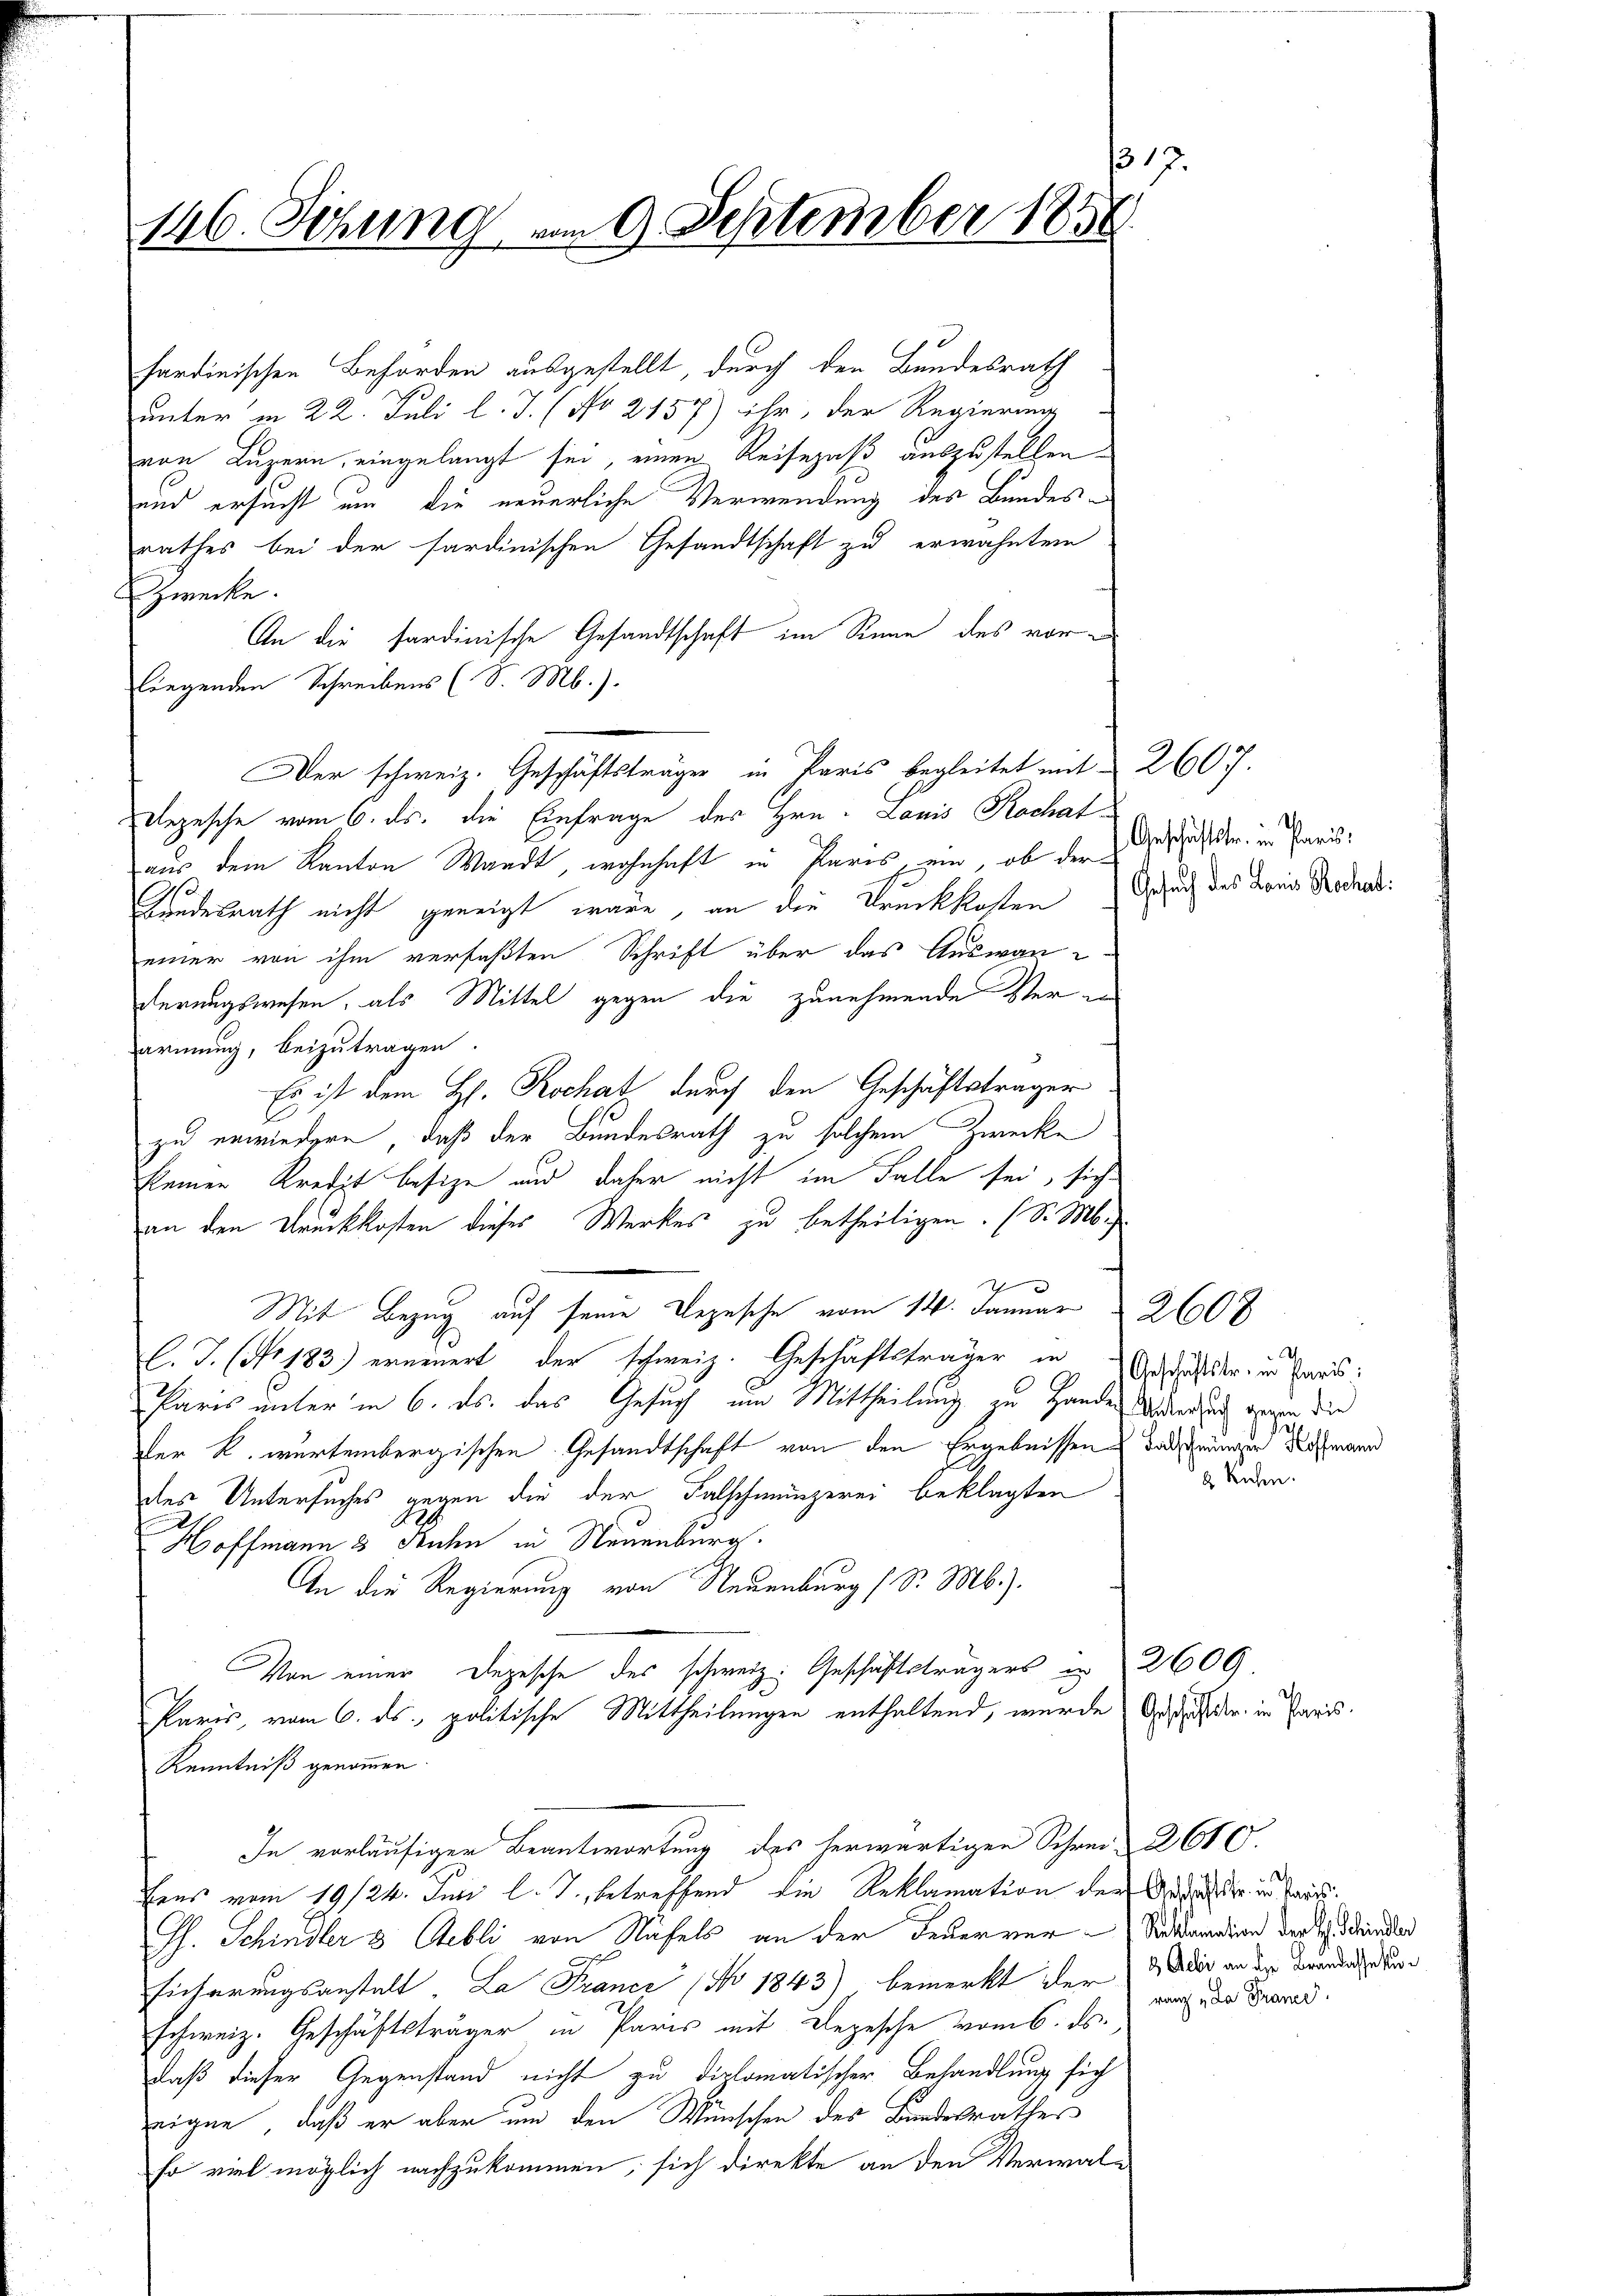
146. Sitzung vom 9. September 185

sardinischen Behörden ausgestellt, durch den Bundesrath
unter in 22. Juli l. J. (No 2157) ihr, der Regierung
von Luzern, eingelangt sei, einen Reisepaß auszustellen.
und ersucht um die neuerliche Verwendung des Bundesrathes bei der sardinischen Gesandtschaft zu erwähnten
Zwecke.
An die sardinische Gesandtschaft im Sinne des vor
liegenden Schreibens (S. M.).
Der schweiz. Geschäftsträger in Paris begleitet mit § 260 f.
Rezesche vom 6. ds. die Einfrage der Hrn. Lauis Kochat
aus dem Kanton Waadt, wohnhaft in Paris, ein, ob der
Bundesrath nicht geneigt wäre, an die Druckkosten
einer von ihm verfaßten Schrift über das Auswan
derungswesen, als Mittel gegen die zunehmende Vere
armung, beizutragen.
Es ist dem H. Rochat durch den Geschäftsträger
E
zu erwiedern, daß der Bundesrath zu solchem Zwecke
kleinen Kredit besize und daher nicht im Falle sei, sich
an den Druckkosten dieses Werkes zu betheiligen. (S. M.
Mit Bezug auf seine Bezusche vom 14. Januar 2608
C. J. (No. 183.) erneuert, der schweiz. Geschäftsträger in Geschäftstr. in Pars:
Paris unter in 6. ds. das Gesuch um Mittheilung zu Handen Widerrung gegen die
der k. würtembergischen Gesandtschaft von den Ergebnissen darungen Rahmann
des Untersuches gegen die der Falschmunzerei beklagten
f
Hoffmann 3 Feuchen in Neuenburg.
An die Regierung von Neuenburg (S. Mb).
Von einer Depesche des schweiz. Geschäftsträgers 2600
Paris, vom 6. ds. politische Mittheilungen enthaltend, wurde des der in Paris¬
Kenntniß genommen.
In vorläufiger Beantwortung des herwärtigen Schrei-2610.
bens vom 19/24. Juni l. J., betreffend die Reklamation der
Gf. Schindler 3 Rebli von Näfels an der Feuerver Reklamation der Joh. Siedlend
Eicherungsanstalt, La Franci (No 1843) bemerkt der
schweiz. Geschäftsträger in Paris mit Depesche vom 6. ds.
daß dieser Gegenstand nicht zu diplomatischer Behandlung sich
eigne, daß er aber um den Wünschen des Bandesrathes
so viel möglich nachzukommen, sich direkte an den Verwal¬

1

Geschäftstr. in Paris,
Gesuch des Louis Rochat:

.
2 Ruchen.

Geschäftsfr. in Paris
3 Aeli an der Brandassekuranz „Da France.